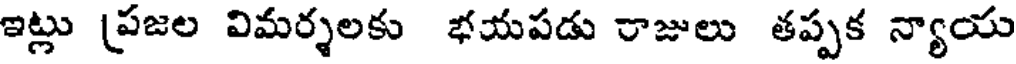
ఇట్లు (పజల విమర్శలకు భయపడు రాజులు తప్పక న్యాయ